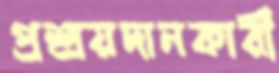
প্রশ্রয়দানকারী